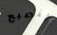
لنصبح